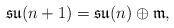
\begin{align*}\mathfrak {su}(n+1)=\mathfrak {su}(n) \oplus\mathfrak{m},\end{align*}